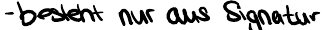
- besteht nur aus Signatur